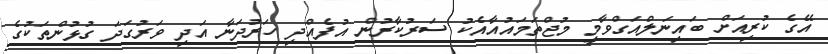
އޭގެ ކުރިއަށް ބައިނަލްއަގްވާމީ މުޖްތަމައުއާއެކު ސަރުކާރުން އުފެއްދި ހަރުދަނާ އަަދި ވަރުގަދަ ގުޅުންތަކުގެ